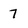
Character: 7